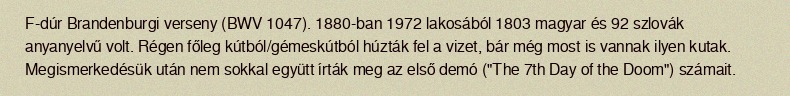
F-dúr Brandenburgi verseny (BWV 1047). 1880-ban 1972 lakosából 1803 magyar és 92 szlovák anyanyelvű volt. Régen főleg kútból/gémeskútból húzták fel a vizet, bár még most is vannak ilyen kutak. Megismerkedésük után nem sokkal együtt írták meg az első demó ("The 7th Day of the Doom") számait.